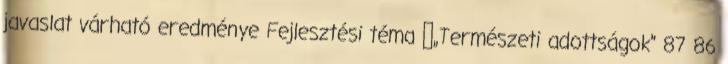
javaslat várható eredménye Fejlesztési téma ▪„Természeti adottságok” 87 86